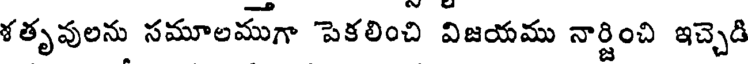
శతృవులను సమూలముగా పెకలించి విజయము నార్జించి ఇచ్చెడి